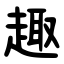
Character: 趣